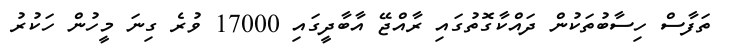
ތަފާސް ހިސާބުތަކުން ދައްކާގޮތުގައި ރާއްޖޭ އާބާދީގައި 17000 ވުރެ ގިނަ މީހުން ހަކުރު